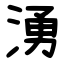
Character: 湧